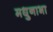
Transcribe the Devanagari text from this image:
मधुनाभा